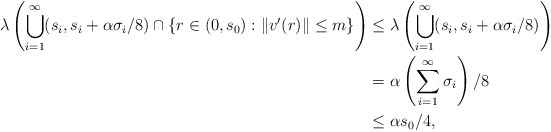
\begin{align*}\lambda\left( \bigcup_{i=1}^{\infty} (s_i, s_i + \alpha \sigma_i / 8) \cap \{ r \in (0, s_0) : \|v'(r)\| \leq m\} \right)& \leq \lambda \left( \bigcup_{i=1}^{\infty} (s_i, s_i + \alpha \sigma_i/8) \right) \\& = \alpha \left(\sum_{i=1}^{\infty} \sigma_i\right)/8 \\& \leq \alpha s_0 /4,\end{align*}